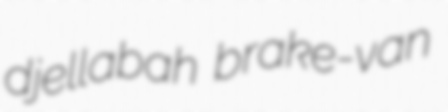
djellabah brake-van